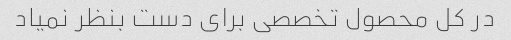
در کل محصول تخصصی برای دست بنظر نمیاد